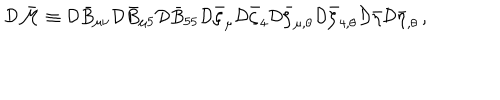
LaTeX: { \cal D } \bar { \cal M } \equiv { \cal D } \bar { B } _ { \mu \nu } { \cal D } \bar { B } _ { \mu 5 } { \cal D } \bar { B } _ { 5 5 } { \cal D } \bar { \zeta } _ { \mu } { \cal D } \bar { \zeta } _ { 4 } { \cal D } \bar { \zeta } _ { \mu , \theta } { \cal D } \bar { \zeta } _ { 4 , \theta } { \cal D } \bar { \eta } { \cal D } \bar { \eta } _ { , \theta } \, ,